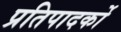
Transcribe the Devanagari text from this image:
प्रतिपादर्को